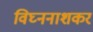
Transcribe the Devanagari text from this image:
विघ्ननाशकरं